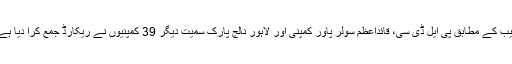
نیب کے مطابق پی ایل ڈی سی، قائداعظم سولر پاور کمپنی اور لاہور نالج پارک سمیت دیگر 39 کمپنیوں نے ریکارڈ جمع کرا دیا ہے۔